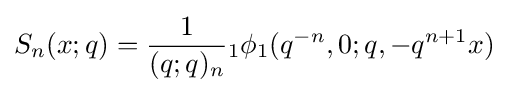
\displaystyle S_{n}(x;q)={\frac {1}{(q;q)_{n}}}{}_{1}\phi _{1}(q^{-n},0;q,-q^{n+1}x)